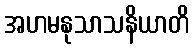
အဟမနုသာသနိယာတိ